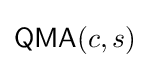
{\mathsf {QMA}}(c,s)